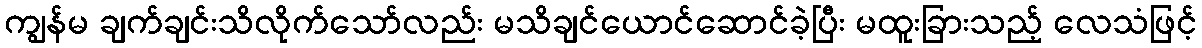
ကျွန်မ ချက်ချင်းသိလိုက်သော်လည်း မသိချင်ယောင်ဆောင်ခဲ့ပြီး မထူးခြားသည့် လေသံဖြင့်